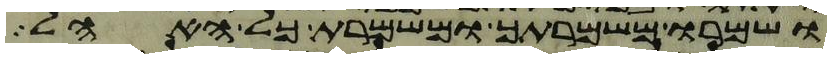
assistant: ושמרו משמרתך ומשמרת כל האהל